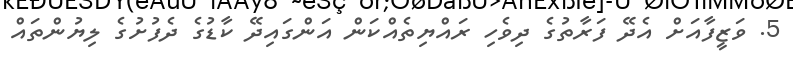
5. ވަޒީފާއަށް އެދޭ ފަރާތުގެ ދިވެހި ރައްޔިތެއްކަން އަންގައިދޭ ކާޑުގެ ދެފުށުގެ ލިޔުންތައް